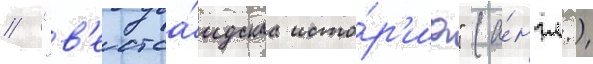
// "в'естса́идскаа исто́р'иа" (а́нгл.)